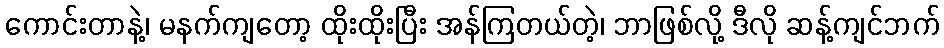
ကောင်းတာနဲ့၊ မနက်ကျတော့ ထိုးထိုးပြီး အန်ကြတယ်တဲ့၊ ဘာဖြစ်လို့ ဒီလို ဆန့်ကျင်ဘက်